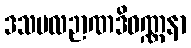
ဒသဗလဉာဏဒိဝဏ္ဏနာ